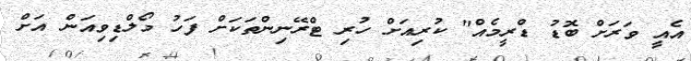
އެއީ ވަރަށް ބޮޑު ޑްރީމެއް" ކުރިއަށް ހުރި ޓްރޭނިންތަކަށް ފަހު މޯލްޑިވިއަން އަށް